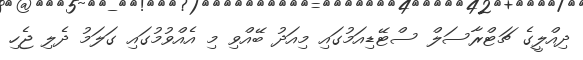
ދިއްލީގެ ޗަޓްރާސަލް ސްޓޭޑިއަމުގައި މިއަދު ބޭއްވި މި އެއްވުމުގައި ގަލަމު ދެލި ޖެހި